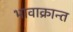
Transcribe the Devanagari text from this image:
भावाक्रान्त